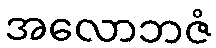
အလောဘဇံ